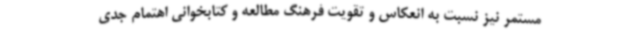
مستمر نیز نسبت به انعکاس و تقویت فرهنگ مطالعه و کتابخوانی اهتمام جدی